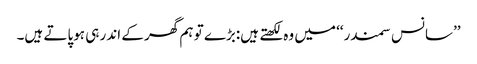
’’سانس سمندر‘‘ میں وہ لکھتے ہیں:بڑے تو ہم گھر کے اندر ہی ہوپاتے ہیں۔